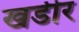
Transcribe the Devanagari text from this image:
खडीर